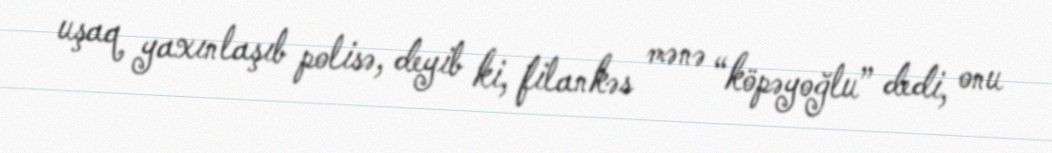
uşaq yaxınlaşıb polisə, deyib ki, filankəs mənə “köpəyoğlu” dedi, onu